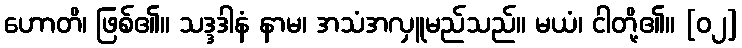
ဟောတိ၊ ဖြစ်၏။ သဒ္ဒဒါနံ နာမ၊ အသံအလှူမည်သည်။ မယံ၊ ငါတို့၏။ [၀၂]